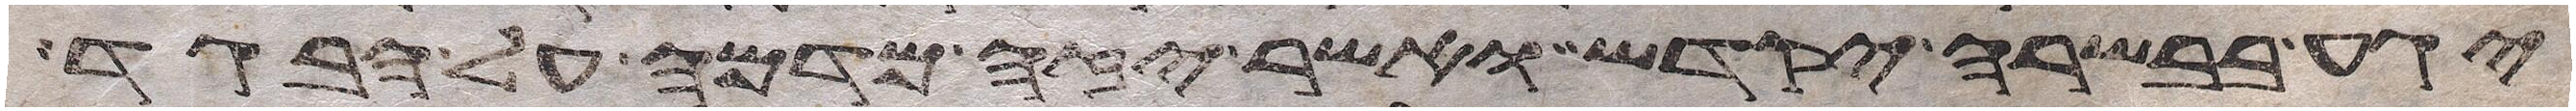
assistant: יגע בבשרה יקדש ואשר יזה מדמה על הבגד